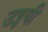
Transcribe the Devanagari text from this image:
उड्डयी